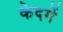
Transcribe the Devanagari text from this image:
केदगें